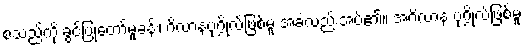
စသည်ကို ခွင့်ပြုတော်မူခန်း၊ ဂိလာနပုဂ္ဂိုလ်ဖြစ်မူ အခဲလည်းအပ်၏။ အဂိလာန ပုဂ္ဂိုလ်ဖြစ်မူ